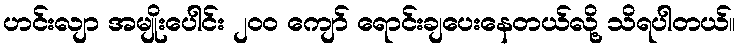
ဟင်းလျာ အမျိုးပေါင်း ၂၀၀ ကျော် ရောင်းချပေးနေတယ်လို့ သိရပါတယ်။